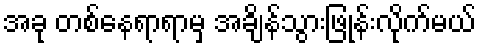
အခု တစ်နေရာရာမှ အချိန်သွားဖြုန်းလိုက်မယ်